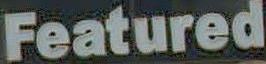
Featured